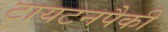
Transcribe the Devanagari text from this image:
टायटनपैकी